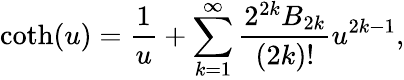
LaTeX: \coth(u)=\frac{1}{u}+\sum_{k=1}^{\infty}\frac{2^{2k}B_{2k}}{(2k)!}u^{2k-1},